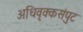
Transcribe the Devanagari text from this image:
अधिवृक्कसंपुट